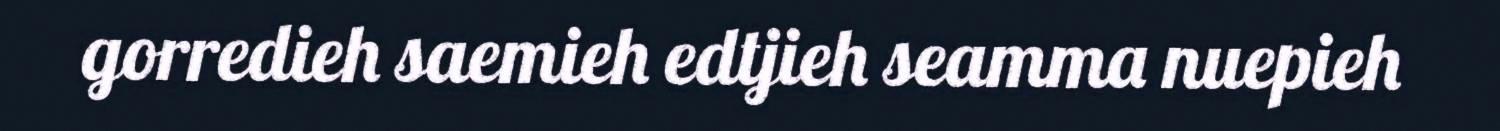
gorredieh saemieh edtjieh seamma nuepieh